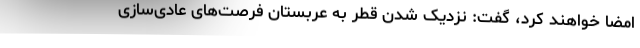
امضا خواهند کرد، گفت: نزدیک شدن قطر به عربستان فرصت‌های عادی‌سازی